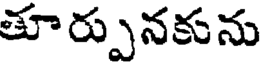
తూర్పునకును